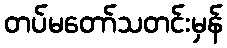
တပ်မတော်သတင်းမှန်